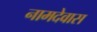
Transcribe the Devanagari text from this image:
नामदेवास